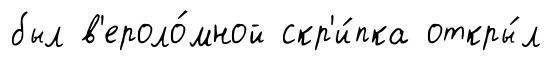
был в'ероло́мной скр'и́пка откры́л